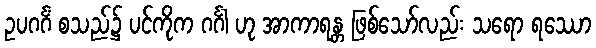
ဥပဂင်္ဂံ စသည်၌ ပင်ကိုက ဂင်္ဂါ ဟု အာကာရန္တ ဖြစ်သော်လည်း သရော ရဿော